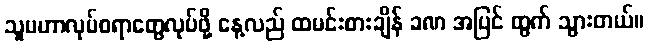
သူမဟာလုပ်စရာတွေလုပ်ဖို့ နေ့လည် ထမင်းစားချိန် ခဏ အပြင် ထွက် သွားတယ်။